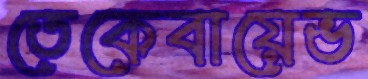
তেকেবায়েভ